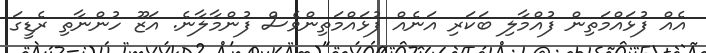
އެއް ފުޅައްމަތިން ފުއްމާލި ބަކަރި އަނެއް ފުޅައްމަތިންވެސް ފުންމާލާނެ. އަޒޫ ހުންނާތި ރެޑީގަ